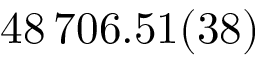
4 8 \, 7 0 6 . 5 1 ( 3 8 )